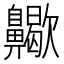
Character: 𪗀